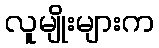
လူမျိုးများက